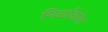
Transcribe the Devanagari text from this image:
मिळविलेत